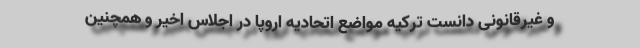
و غیرقانونی دانست ترکیه مواضع اتحادیه اروپا در اجلاس اخیر و همچنین